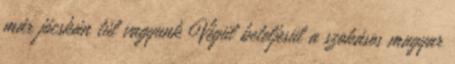
már jócskán túl vagyunk Végül beteljesül a szokásos magyar